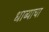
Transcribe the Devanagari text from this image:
धाब्याचा